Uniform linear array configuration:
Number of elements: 24
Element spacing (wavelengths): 0.75
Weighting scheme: hann
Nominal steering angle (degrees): -15
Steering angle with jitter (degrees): -14.749
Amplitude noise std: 0.05
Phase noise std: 0.05

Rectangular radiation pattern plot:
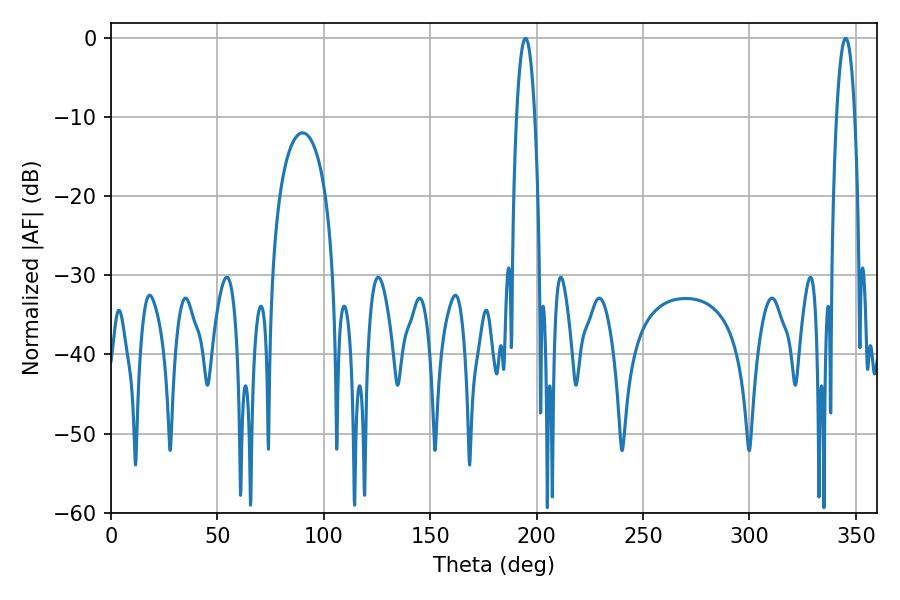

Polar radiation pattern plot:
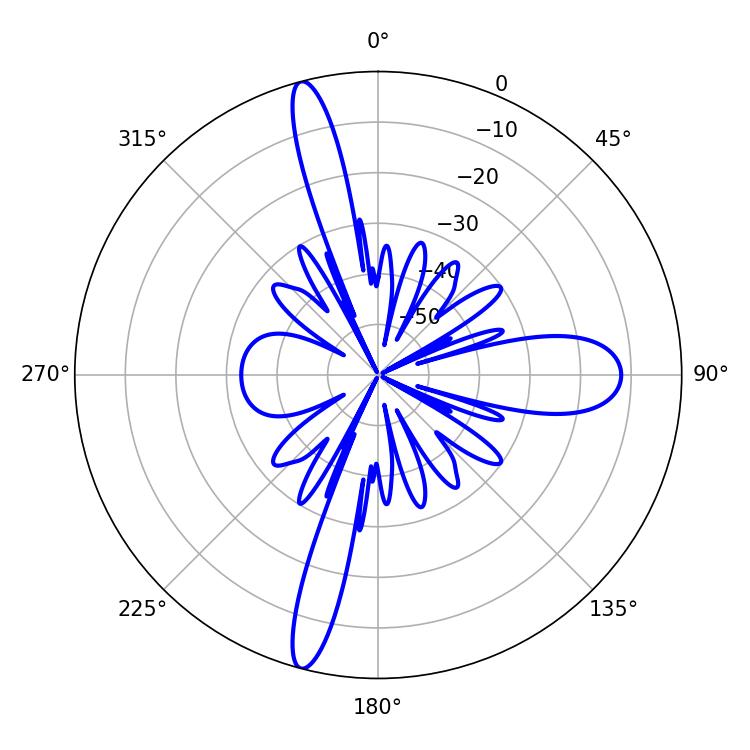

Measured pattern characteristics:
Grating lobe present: TRUE
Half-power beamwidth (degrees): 4.68
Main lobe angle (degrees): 194.76